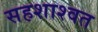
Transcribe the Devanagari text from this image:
सहशाश्वत